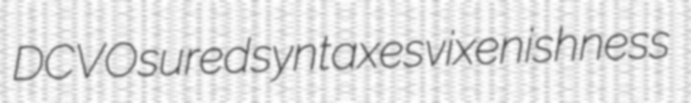
DCVO sured syntaxes vixenishness